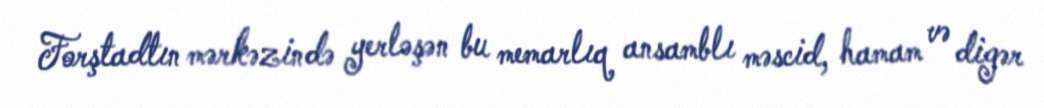
Forştadtın mərkəzində yerləşən bu memarlıq ansamblı məscid, hamam və digər